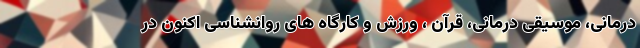
درمانی، موسیقی درمانی، قرآن ، ورزش و کارگاه های روانشناسی اکنون در